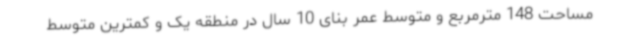
مساحت 148 مترمربع و متوسط عمر بنای 10 سال در منطقه یک و کمترین متوسط